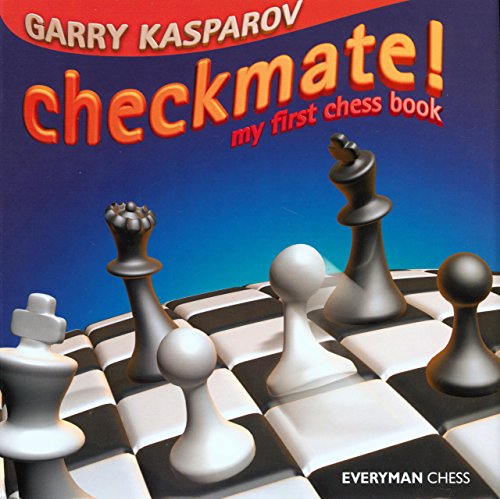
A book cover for Checkmate!: My First Chess Book (Everyman Chess); Garry Kasparov; Humor & Entertainment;